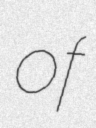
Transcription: of